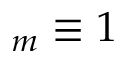
_ m \equiv 1